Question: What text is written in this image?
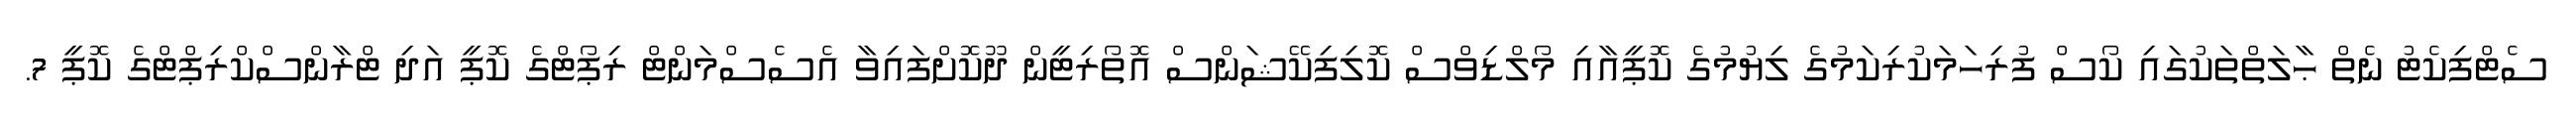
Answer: ސެޓްފިކެޓު ނެތް ޙާލަތްތަކުގައި ކޯސް ފުރިހަމަކުރިކަމުގެ ލިޔުމުގެ ކޮޕީއާއި މޯލްޑިވްސް ކޮލިފިކޭޝަންސް އޮތޯރިޓީން ދޫކޮށްފައިވާ އެސެސްމަންޓް ރިޕޯޓްގެ ކޮޕީ އަދި ޓްރާންސްކްރިޕްޓްގެ ކޮޕީ 7.